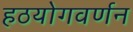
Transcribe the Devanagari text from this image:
हठयोगवर्णन